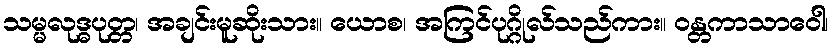
သမ္မလုဒ္ဓပုတ္တ၊ အချင်းမူဆိုးသား။ ယောစ၊ အကြင်ပုဂ္ဂိုလ်သည်ကား။ ဝန္တကာသာဝေါ၊